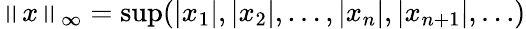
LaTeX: \left\| x\right\| _{\infty}=\operatorname*{sup}(|x_{1}|,|x_{2}|,\dotsc,|x_{n}|,|x_{n+1}|,\ldots)